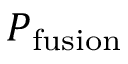
P _ { \mathrm { f u s i o n } }